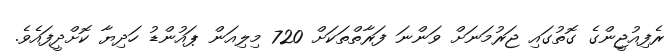
ރެފިއުޖީންގެ ގޮތުގައި ޖަރުމަނަށް ވަންނަ ފަރާތްތަކަށް 720 މިލިއަން ޕައުންޑު ހަދިޔާ ކޮށްދީފައެވެ.